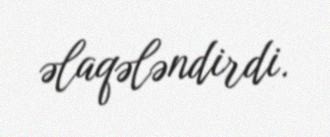
əlaqələndirdi.